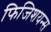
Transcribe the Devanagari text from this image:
फिजिशयन्स